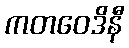
ကတဝေဒိနီ